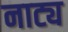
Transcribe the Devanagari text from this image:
नाट्य